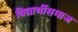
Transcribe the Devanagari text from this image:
विद्यार्थीसमाज